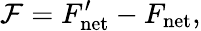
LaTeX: \mathcal{F}=F_{\mathrm{net}}^{\prime}-F_{\mathrm{net}},